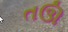
તઊ